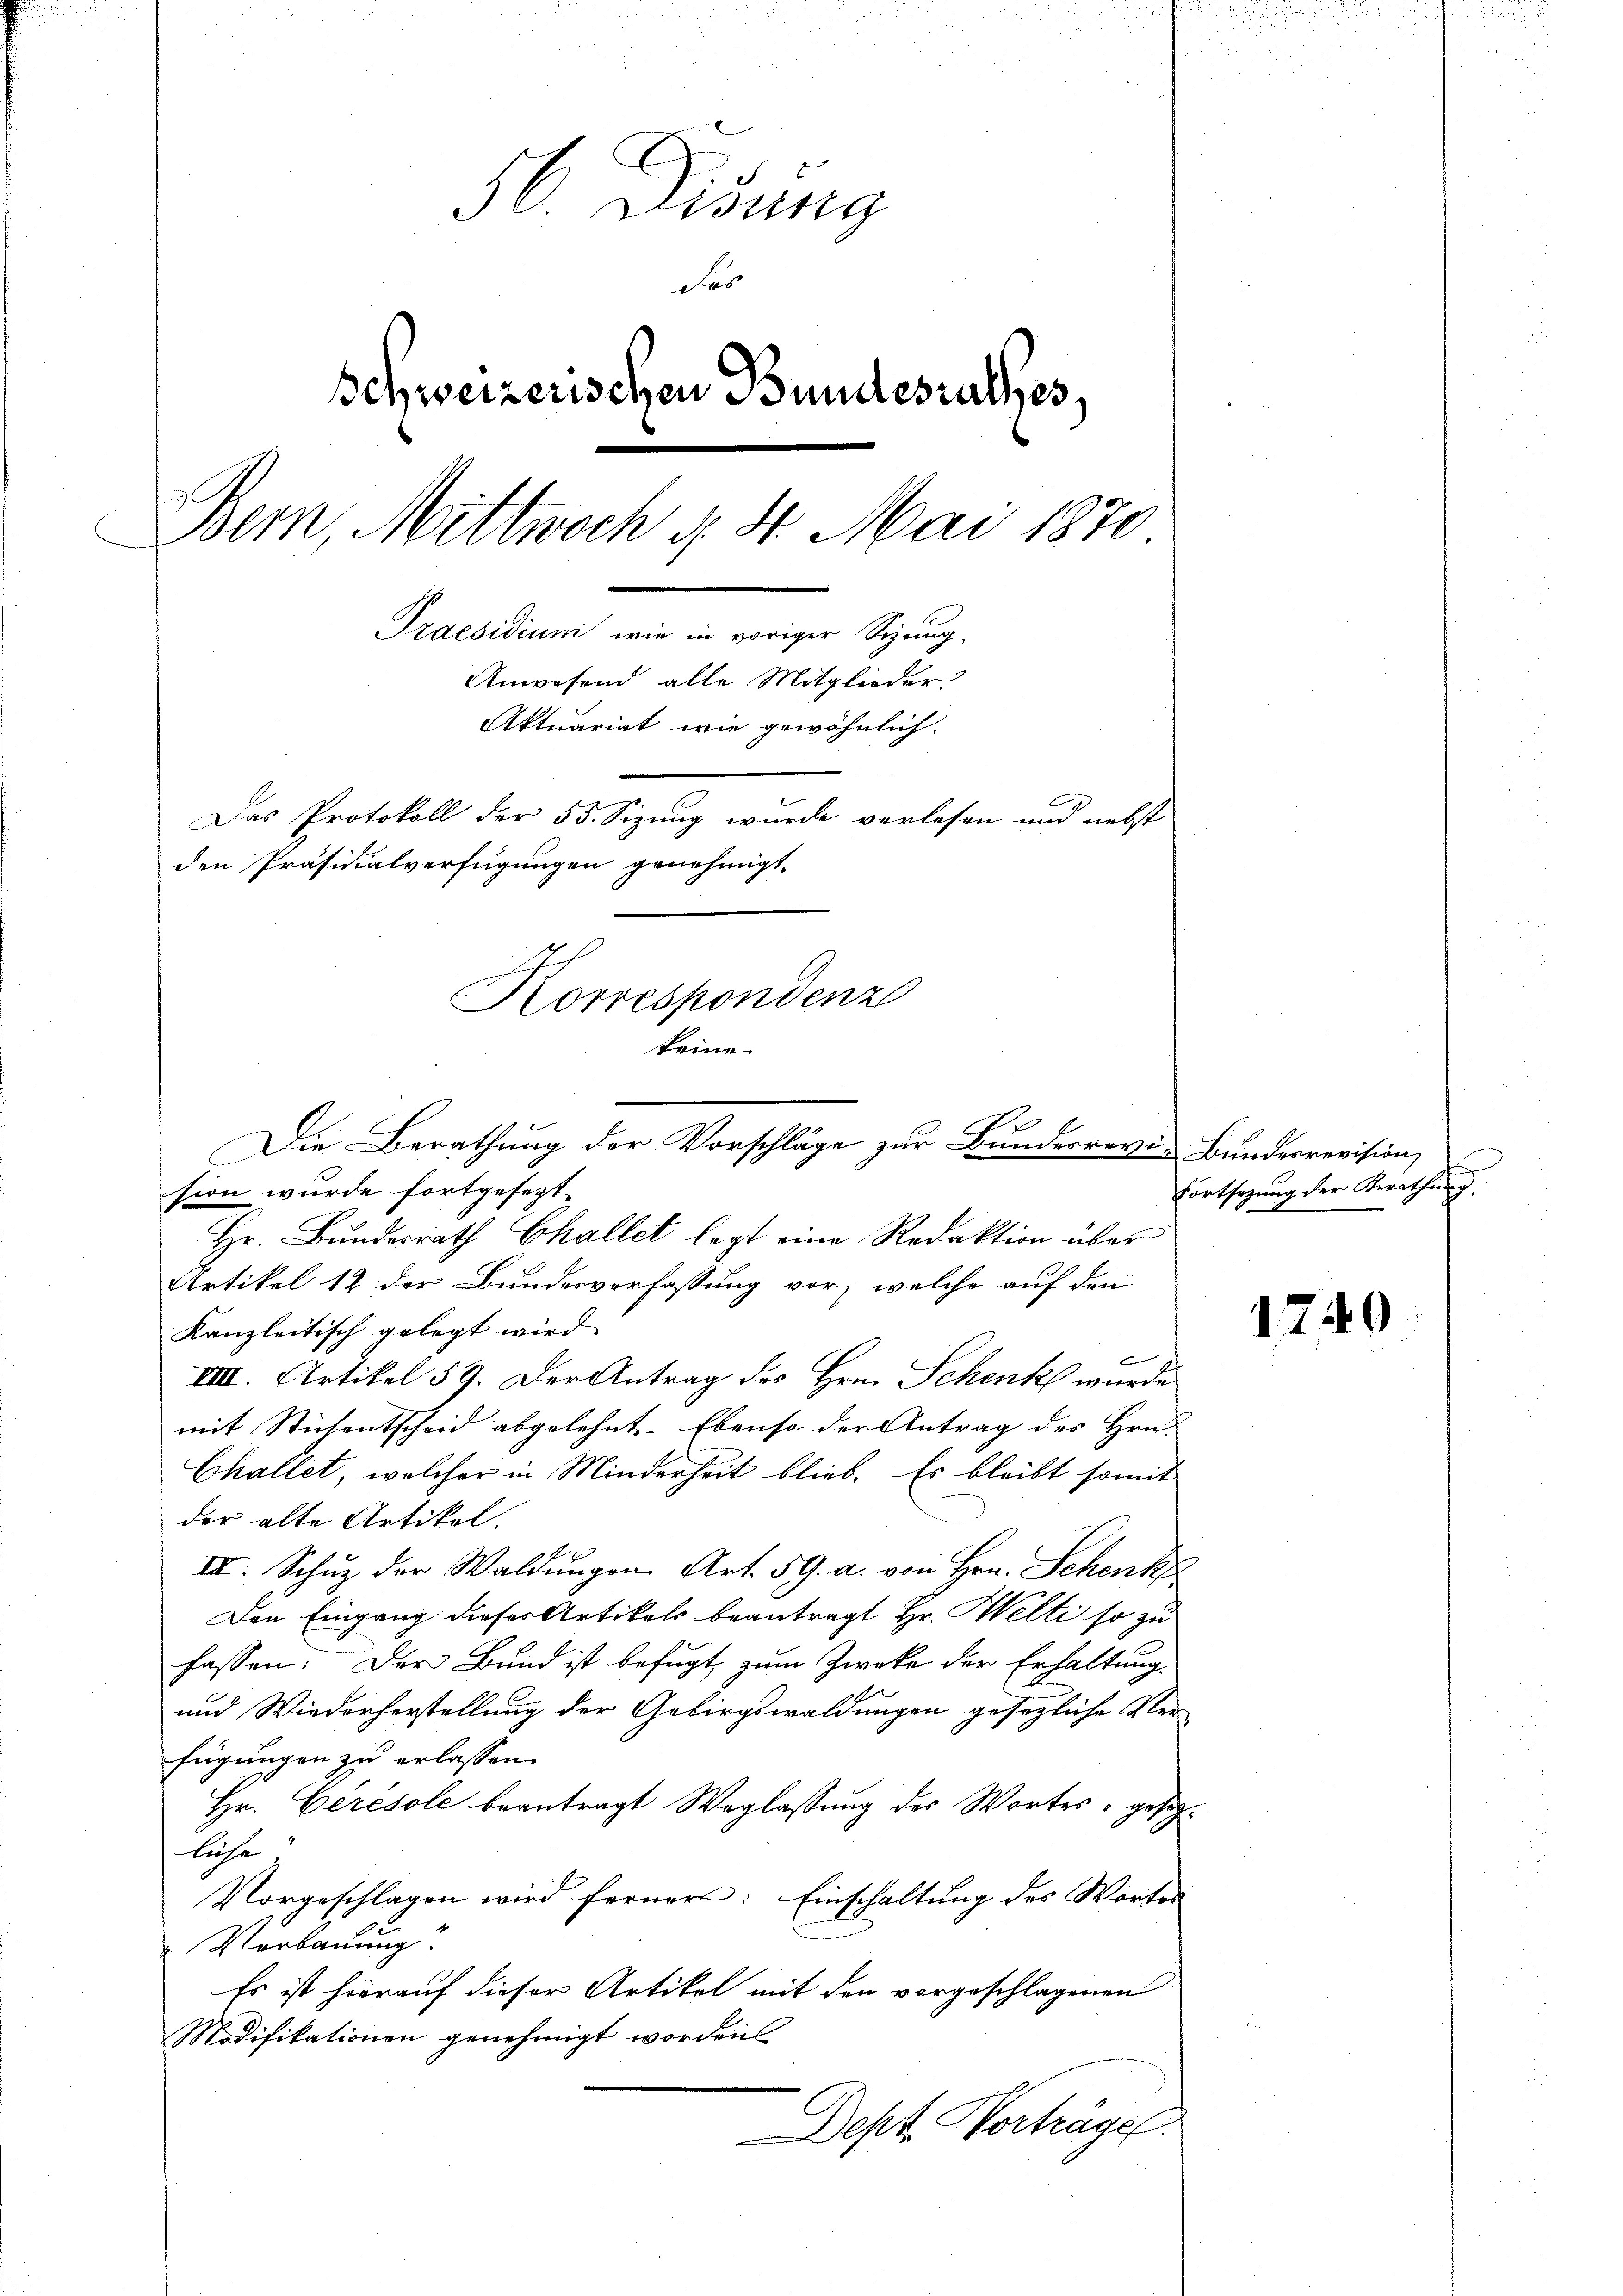
56 Didung
des
Schweizerischen Bundesrathes,
Bern, Mittwoch d. 4. Mai 1870
Praesidium wie in voriger Schaug-
Anwesend alle Mitglieder
Aktuariat wie gewöhnlich,
Das Protokoll der 55 Sizung wurde verlesen und nebst
den Präsidialverfügungen genehmigt.
Korrespondenz
keine

Die Berathung der Vorschläge zur Bundesrevi-Bundesrevision,

sion wurde fortgesezt.
Hr. Bundesrath Challet legt eine Redaktion über
Artikel 12 der Bundesverfassung vor, welche auf den
kanzleitisch gelegt wird.
u
VIII. Artikel 59. Der Antrag des Hrn. Schenk wurde
mit Stichentscheid abgelehnt. Ebenso der Antrag des Hrn.
Challet, welcher in Minderheit blieb. Es bleibt somit
der alte Artikel.
III. Schuz der Waldungen Art. 59. a. von Hrn. Schenk
Den Eingang dieses Artikels beantragt Hr. Welti so zu
fassen: Der Bund ist befugt, zum Zwecke der Erhaltung
und Wiederherstellung der Gebirgswaldungen gesezliche Verfügungen zu erlassen.
Hr. Cerésole beantragt Weglassung des Wortes gesagläche,
vorgeschlagen wird ferner: Einschaltung des Wortes
" Verbauung.
Es ist hierauf dieser Artikel mit den vorgeschlagenen
Modifikationen genehmigt worden
Dept Vorträge.

Fortsezung der Berathung

1740